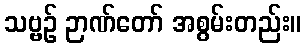
သဗ္ဗဉ် ဉာဏ်တော် အစွမ်းတည်း။